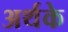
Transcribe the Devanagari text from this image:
अर्थके